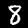
Digit: 8